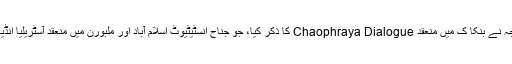
اس حوالے سے وزارت خارجہ نے بنکا ک میں منعقد Chaophraya Dialogue کا ذکر کیا، جو جناح انسٹیٹیوٹ اسلام آباد اور ملبورن میں منعقد آسٹریلیا انڈیا انسٹیٹیوٹ نے منعقد کیا تھا۔